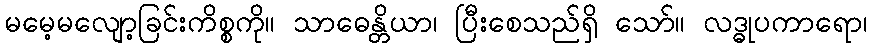
မမေ့မလျော့ခြင်းကိစ္စကို။ သာဓေန္တိယာ၊ ပြီးစေသည်ရှိ သော်။ လဒ္ဓုပကာရော၊